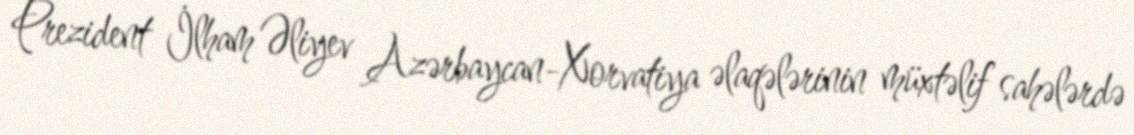
Prezident İlham Əliyev Azərbaycan-Xorvatiya əlaqələrinin müxtəlif sahələrdə